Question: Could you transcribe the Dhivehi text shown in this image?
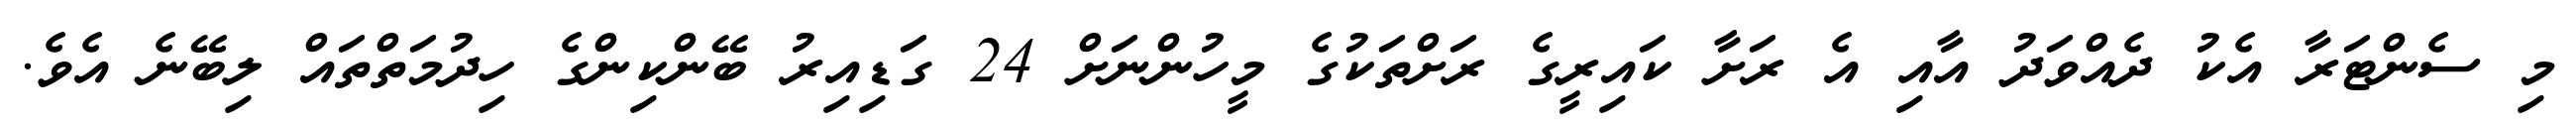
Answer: މި ސެންޓަރާ އެކު ދެއްވަދު އާއި އެ ރަށާ ކައިރީގެ ރަށްތަކުގެ މީހުންނަށް 24 ގަޑިއިރު ބޭންކިންގެ ހިދުމަތްތައް ލިބޭނެ އެވެ.